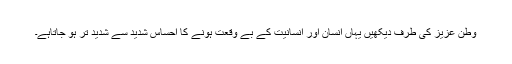
وطن عزیز کی طرف دیکھیں یہاں انسان اور انسانیت کے بے وقعت ہونے کا احساس شدید سے شدید تر ہو جاتاہے۔